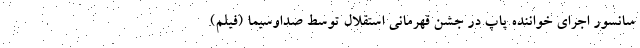
سانسور اجرای خواننده پاپ در جشن قهرمانی استقلال توسط صداوسیما (فیلم)